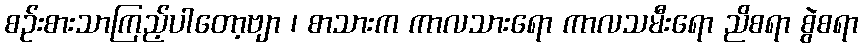
စဉ်းစားသာကြည့်ပါတော့ဗျာ ၊ စာသားက ကာလသားရော ကာလသမီးရော ညိစရာ စွဲစရာ